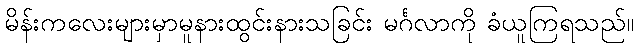
မိန်းကလေးများမှာမူနားထွင်းနားသခြင်း မင်္ဂလာကို ခံယူကြရသည်။